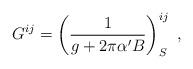
LaTeX: \begin{align*}G^{ij}=\left(\frac{1}{g+2\pi\alpha^{\prime}B}\right)^{ij}_{S}~,\end{align*}